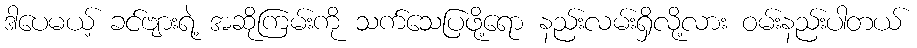
ဒါပေမယ့် ခင်ဗျားရဲ့ အဆိုကြမ်းကို သက်သေပြဖို့ရော နည်းလမ်းရှိလို့လား ဝမ်းနည်းပါတယ်